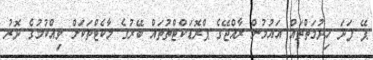
ޕޭ ފަދަ ހިދުމަތްތައް އައުމުން ރާއްޖޭގެ ޕްރޮޑަކްޓްތުތައް ބޭރުގެ މާކެޓްތަކަށް ވިއްކުމުގެ ދޮރު